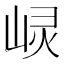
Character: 𱛰